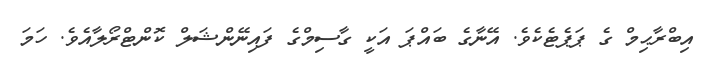
އިބްރާޙިމް ގެ ޕަޕެޓެކެވެ. އޭނާގެ ބައްޕަ އަކީ ގާސިމްގެ ފައިނޭންޝަލް ކޮންޓްރޯލާއެވެ. ހަމަ